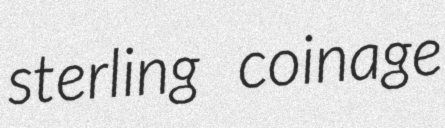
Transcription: sterling coinage